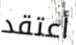
أعتقد